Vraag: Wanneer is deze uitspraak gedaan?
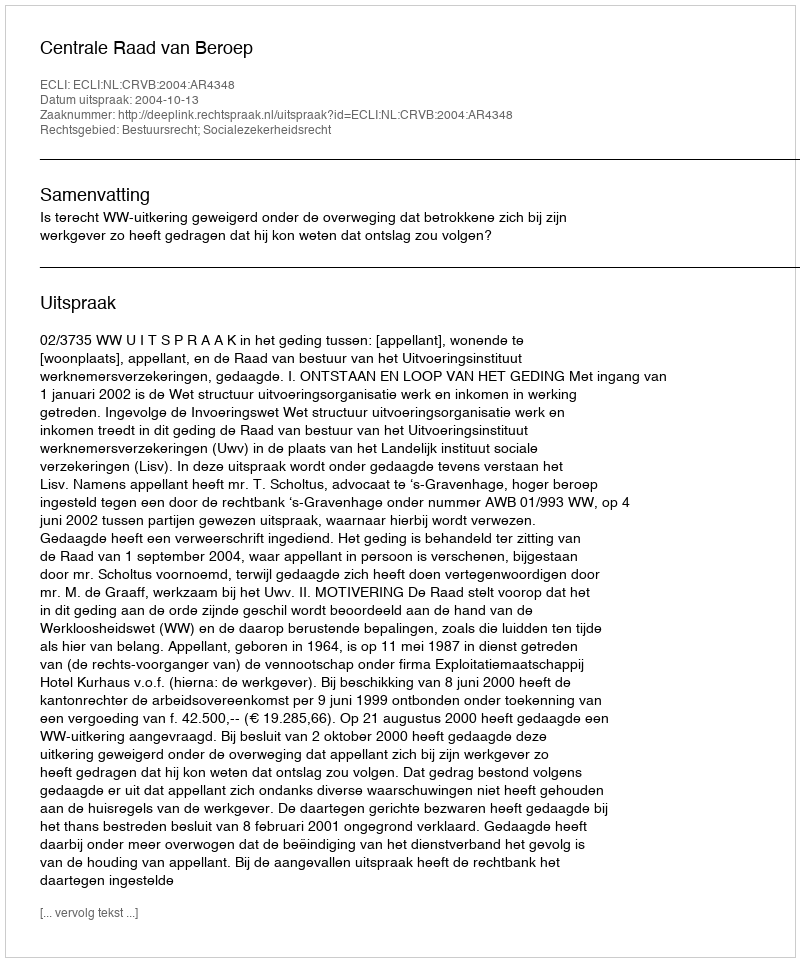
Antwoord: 2004-10-13